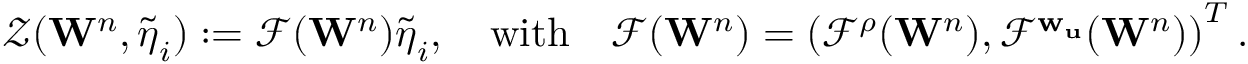
{ \mathcal { Z } } ( \mathbf { W } ^ { n } , { \boldsymbol { \tilde { \eta } } } _ { i } ) : = { \mathbf { \mathcal { F } } } ( \mathbf { W } ^ { n } ) { \boldsymbol { \tilde { \eta } } } _ { i } , \quad \mathrm { w i t h } \quad \mathbf { \mathcal { F } } ( \mathbf { W } ^ { n } ) = \left( \mathbf { \mathcal { F } } ^ { \rho } ( \mathbf { W } ^ { n } ) , \mathbf { \mathcal { F } } ^ { \mathbf { w } _ { \mathbf { u } } } ( \mathbf { W } ^ { n } ) \right) ^ { T } .